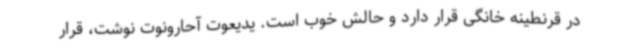
در قرنطینه خانگی قرار دارد و حالش خوب است. یدیعوت آحارونوت نوشت، قرار